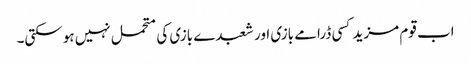
اب قوم مزید کسی ڈرامے بازی اور شعبدے بازی کی متحمل نہیں ہوسکتی۔